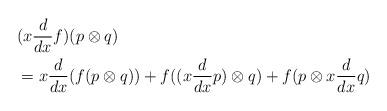
LaTeX: \begin{align*}&(x\dfrac{d}{dx}f)(p\otimes q)\\&=x\frac{d}{dx}(f(p\otimes q))+f((x\frac{d}{dx}p)\otimes q)+f(p\otimes x\frac{d}{dx}q)\end{align*}